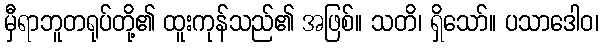
မှီရာဘူတရုပ်တို့၏ ထူးကုန်သည်၏ အဖြစ်။ သတိ၊ ရှိသော်။ ပသာဒေါဝ၊